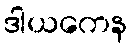
ဒါယကေန